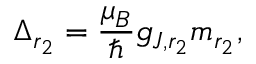
\Delta _ { r _ { 2 } } = \frac { \mu _ { B } } { \hbar } g _ { J , r _ { 2 } } m _ { r _ { 2 } } ,